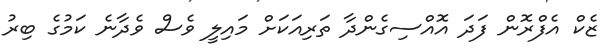
ޒެކް އެފްރޮން ފަދަ އޮއްސިގެންދާ ތަރިއަކަށް މައިލީ ވެސް ވެދާނެ ކަމުގެ ބިރު